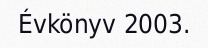
Évkönyv 2003.